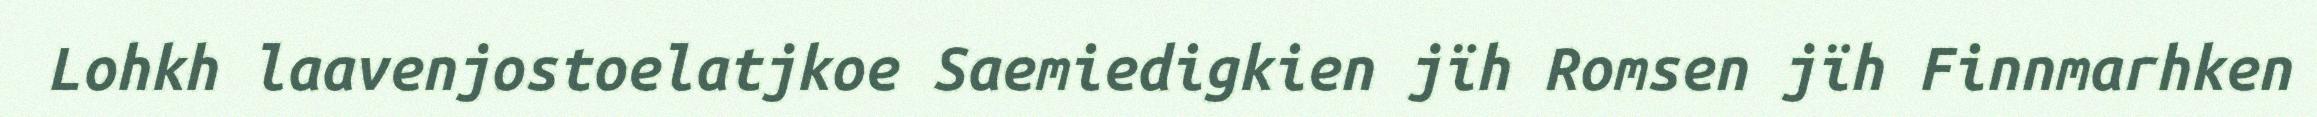
Lohkh laavenjostoelatjkoe Saemiedigkien jïh Romsen jïh Finnmarhken